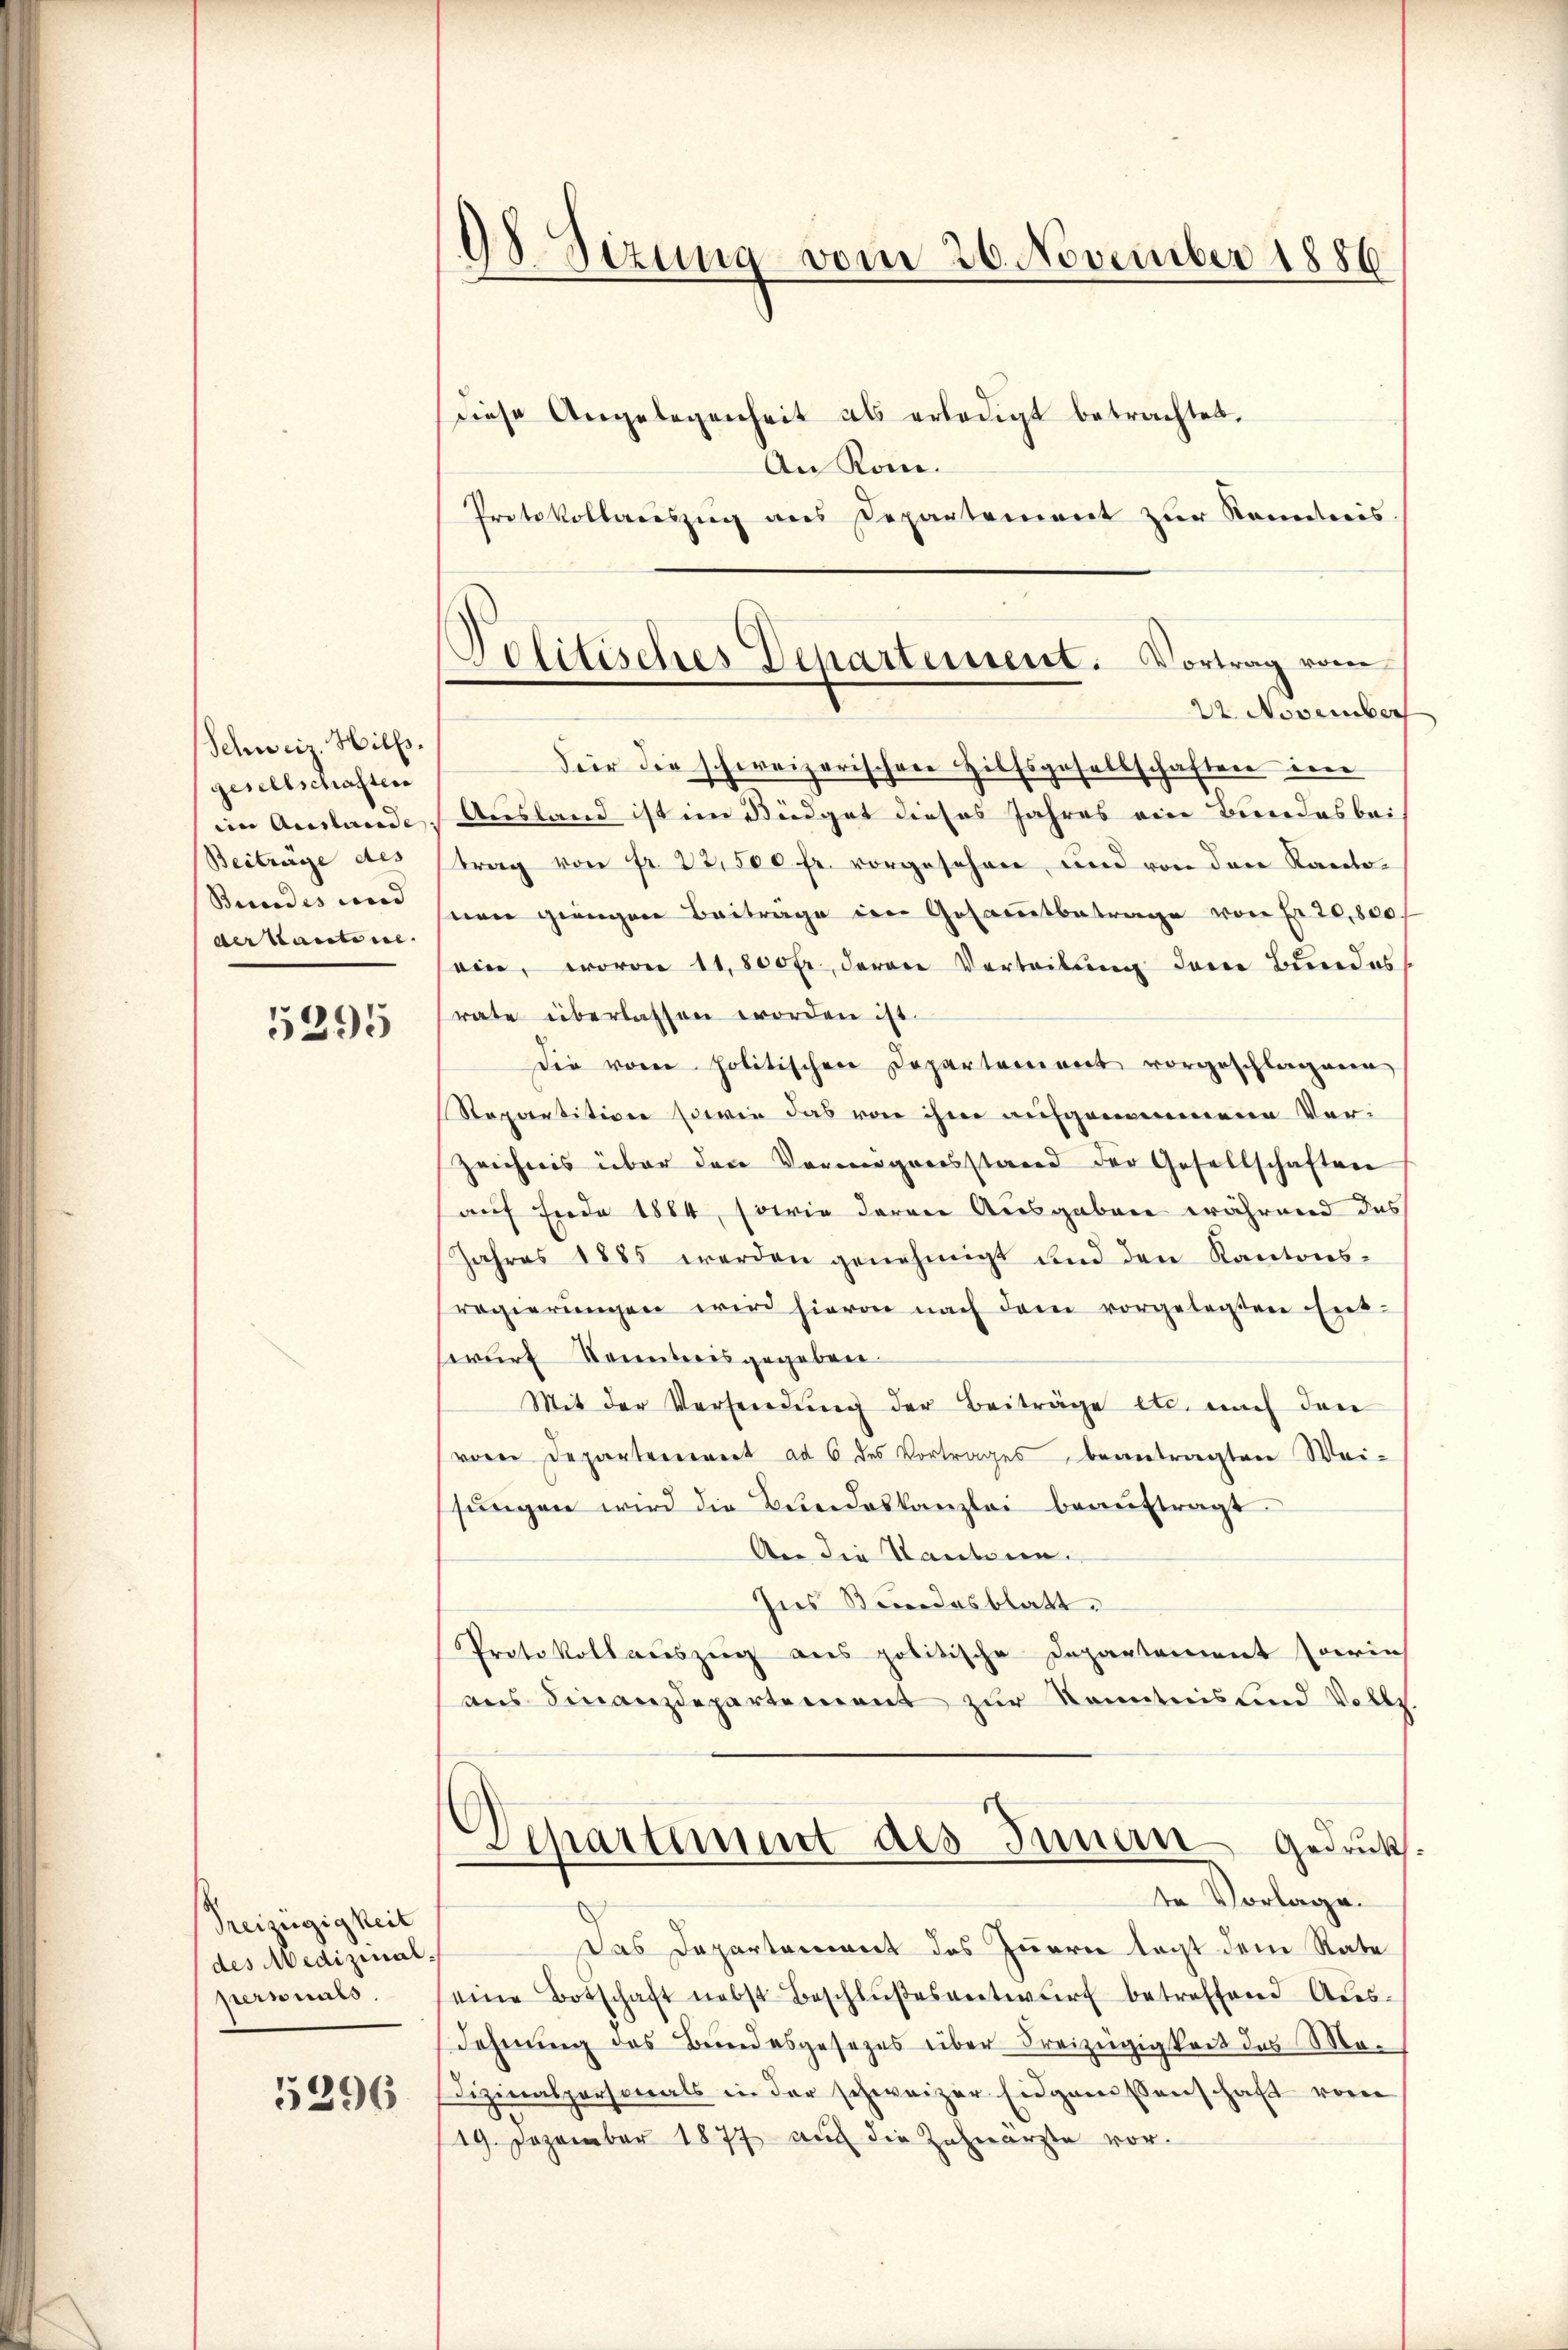
Schweiz. Hilfs.
gesellschaften
im Auslande
Beitrage des
Bundes und |
der kantine.

5295

Preizügigkeit
des Medizinal:
perminés.
5296

98 Sizung vom 20. November 1886
diese Angelegenheit als erledigt betrachtet.
An Rom.

Protokollauszug aus Departement zur Kenntnis
Deir die schweizerischen Hilfsgesellschaften im
Ausland ist im Budget dieses Jahres ein Bundesbei
trag von fr. 22,500 fr. vorgesehen, und von der Kartoseen gingen Beiträge im Gesamtbetrage von Fr. 20,800.
ein, wovon 11,800 fr., derene Vorteilung der Bundes
rate überlassen worden ist.
Die vom politischen Departement vorgeschlagenen
Repartition sowie das von ihm aufgenommene Ver-
Zeichnis über den Vermögensstand der Gesellschaften
auf finde 1864, sowie daran Ausgaben während das
Jahres 1885 werden genehmigt und den Kantonsregierŭngen wird hievon nach dem vorgelegten Ent-
wurf kenntnis gegeben.
Mit der Versendŭng der Beiträge etc. nach den
von Departement ad 6 des Vortrages beantragten Wei-
sŭngen wird die Bundeskanzlei beaŭftragt.
An die Standeren.
Ins Bundesblatt.
Protokoll auszeig aus politische Departement soerin
ans Finanzdepartement zur Kenntnis und Vollz
Departement des Innern Gedruck
de Vorlage.
s
Das Departement des Zuerer tagt dem Rate
eine Botschaft nebst Beschlŭβesentwŭrf betreffend Aŭs-
dehnung des Bundesgesezes über Freizügigkeit des Madizinalpersonals in der schweizer Eidgenossenschaft vom
19. Dezember 1877 auf die Zahnarzte vor¬

Politisches Departement. Vortrag vom
22. November